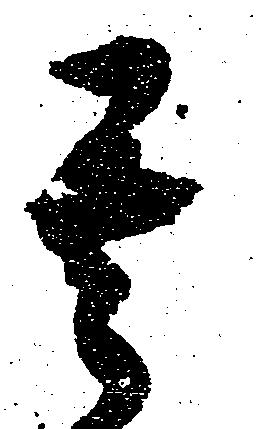
其